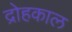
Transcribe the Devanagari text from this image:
द्रोहकाल